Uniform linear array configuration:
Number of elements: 4
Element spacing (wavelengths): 1
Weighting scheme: blackman
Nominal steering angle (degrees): -30
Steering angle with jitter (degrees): -31.394
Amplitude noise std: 0.05
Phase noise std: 0.05

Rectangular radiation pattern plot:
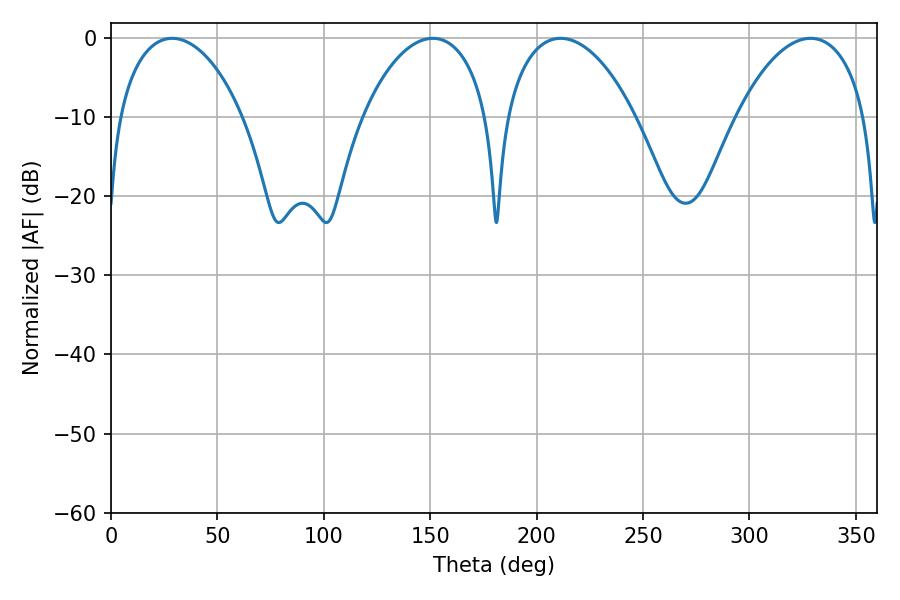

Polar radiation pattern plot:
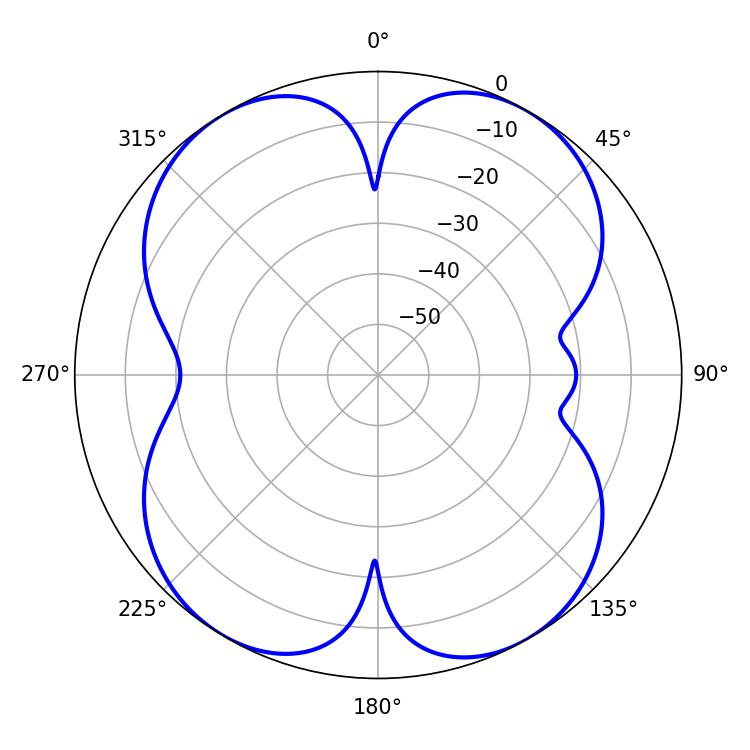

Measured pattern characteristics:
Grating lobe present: TRUE
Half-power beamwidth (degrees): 33.66
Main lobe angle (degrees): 28.8